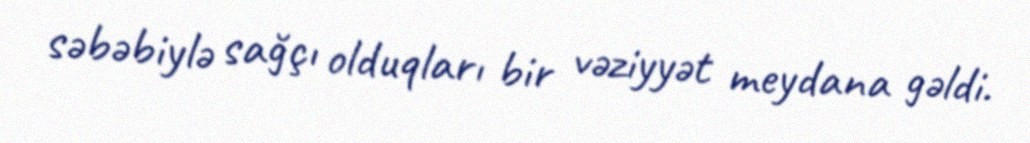
səbəbiylə sağçı olduqları bir vəziyyət meydana gəldi.